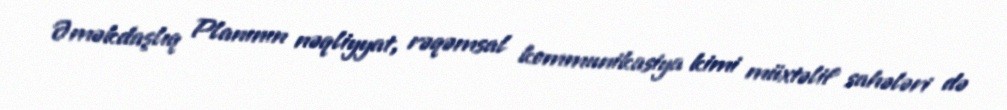
Əməkdaşlıq Planının nəqliyyat, rəqəmsal kommunikasiya kimi müxtəlif sahələri də